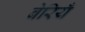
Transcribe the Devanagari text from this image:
बेरियँ